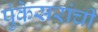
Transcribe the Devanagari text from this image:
पुंकेसरांची